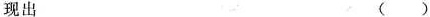
现出 （）